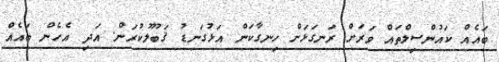
ބައެއް ކައުންސިލްތައް ވަރަށް ރަނގަޅަށް ހިނގާކަން އަޅުގަނޑު ޤަބޫލުކުރަން. އަދި އެހެން ބައެއް